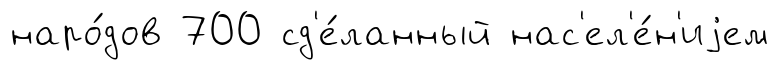
наро́дов 700 сд'е́ланный нас'ел'е́н'иjем